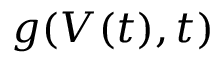
g ( V ( t ) , t )